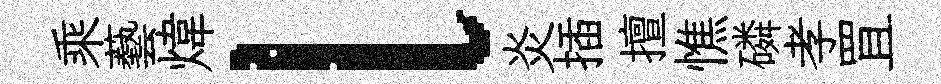
乘藝煒l炎插擅憔磷孝罝